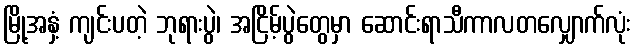
မြို့အနှံ့ ကျင်းပတဲ့ ဘုရားပွဲ၊ အငြိမ့်ပွဲတွေမှာ ဆောင်းရာသီကာလတလျှောက်လုံး